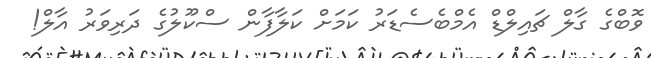
ވޮބްގެ ގާލް ޗައިލްޑް އެމްބެސެޑަރު ކަމަށް ކަލާފާން ސްކޫލުގެ ދަރިވަރު އާލް!